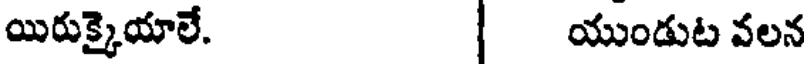
యిరుక్కైయాలే. | యుండుట వలన